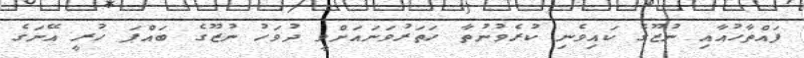
ފައްތާހުއާއި ނުޒޫގެ ކައިވެނި ކުރެވުނުތާ ހަތަރުވަނައަށްވީ ދުވަހު ނުޒޫގެ ބައްޕަ ހުރީ އޭނަގެ